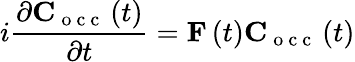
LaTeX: i\frac{\partial\mathbf C_{\mathrm{~o~c~c~}}\left(t\right)}{\partial t}=\mathbf F\left(t\right)\mathbf C_{\mathrm{~o~c~c~}}\left(t\right)